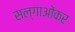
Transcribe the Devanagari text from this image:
सल्गाओंकर